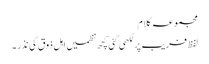
مجموعہ کلام
لفظ فریب پر لکھی گئی کچھ نظمیں اہل ذوق کی نذر ۔